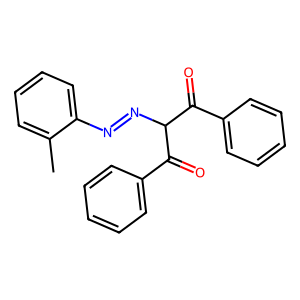
SMILES: Cc1ccccc1N=NC(C(=O)c1ccccc1)C(=O)c1ccccc1
Inhibits HIV replication: No